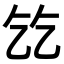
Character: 𬼠